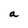
Character: a